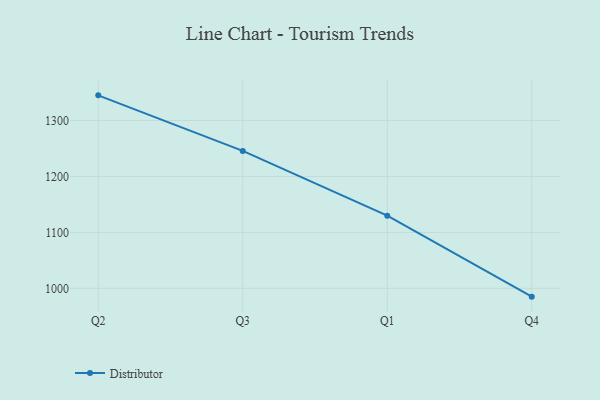
{"axis": {"x": "Quarter", "y": "Satisfaction Score"}, "legend": ["Distributor"], "data": [{"x": "Q2", "y": 1345.0, "type": "Distributor"}, {"x": "Q3", "y": 1245.7, "type": "Distributor"}, {"x": "Q1", "y": 1129.9, "type": "Distributor"}, {"x": "Q4", "y": 985.1, "type": "Distributor"}]}